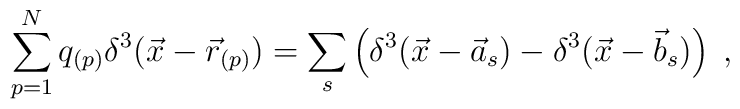
\sum_{p=1}^{N}q_{(p)}\delta^{3}(\vec{x}-\vec{r}_{(p)})=\sum_{s}\left(\delta^{3}(\vec{x}-\vec{a}_{s})-\delta^{3}(\vec{x}-\vec{b}_{s})\right)\;,